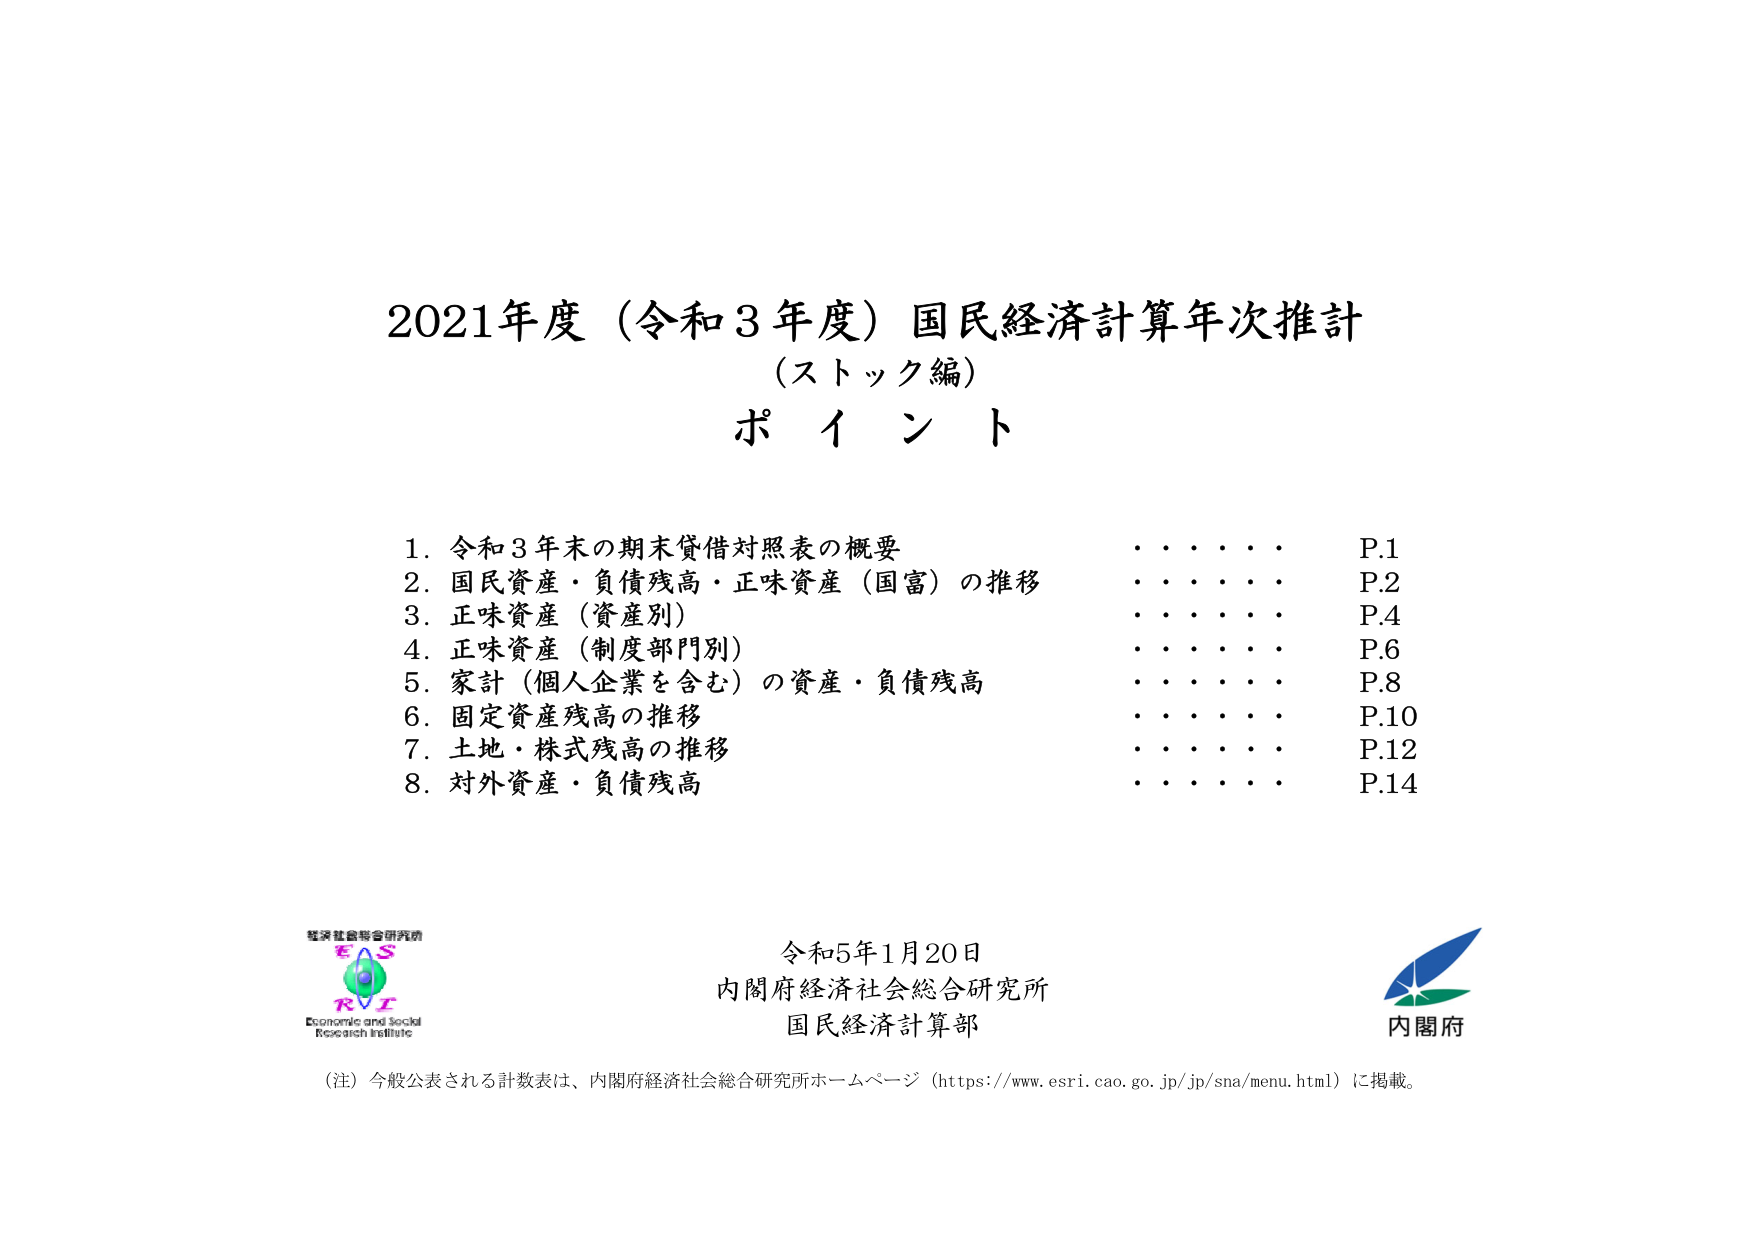
2021年度（令和3年度）国民経済計算年次推計
（ストック編）
ポイント

1. 令和3年末の期末貸借対照表の概要 ・・・・・・ P.1
2. 国民資産・負債残高・正味資産（国富）の推移 ・・・・・・ P.2
3. 正味資産（資産別） ・・・・・・ P.4
4. 正味資産（制度部門別） ・・・・・・ P.6
5. 家計（個人企業を含む）の資産・負債残高 ・・・・・・ P.8
6. 固定資産残高の推移 ・・・・・・ P.10
7. 土地・株式残高の推移 ・・・・・・ P.12
8. 対外資産・負債残高 ・・・・・・ P.14

経済社会総合研究所
ESRI
Economic and Social
Research Institute

令和5年1月20日
内閣府経済社会総合研究所
国民経済計算部

内閣府

（注）今般公表される計数表は、内閣府経済社会総合研究所ホームページ（https://www.esri.cao.go.jp/jp/sna/menu.html）に掲載。